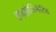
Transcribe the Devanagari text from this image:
हाइड्रोजिनेटिड